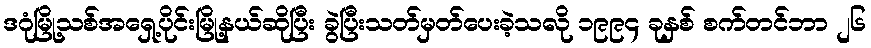
ဒဂုံမြို့သစ်အရှေ့ပိုင်းမြို့နယ်ဆိုပြီး ခွဲပြီးသတ်မှတ်ပေးခဲ့သလို ၁၉၉၄ ခုနှစ် စက်တင်ဘာ ၂၆